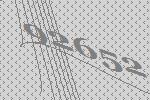
92652